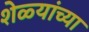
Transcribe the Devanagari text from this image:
शेळ्यांच्या